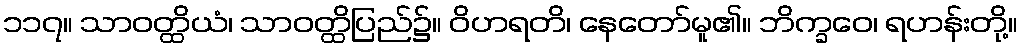
၁၁၇။ သာဝတ္ထိယံ၊ သာဝတ္ထိပြည်၌။ ဝိဟရတိ၊ နေတော်မူ၏။ ဘိက္ခဝေ၊ ရဟန်းတို့။